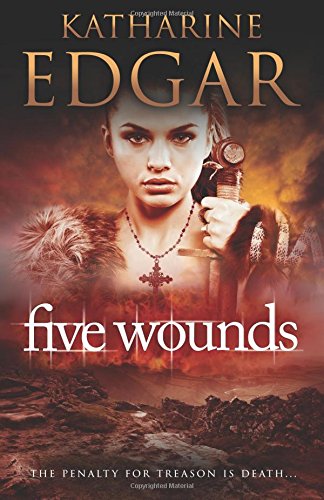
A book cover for Five Wounds; Katharine Edgar; Teen & Young Adult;